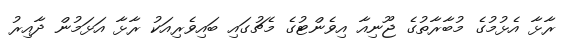
ރާޅާ އެޅުމުގެ މުބާރާތުގެ ޖޫނިއާ އިވެންޓުގެ މެޗުގައި ބައިވެރިއަކު ރާޅާ އަޅަމުން ދާއިރު